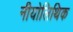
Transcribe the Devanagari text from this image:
नीयोलिथिक